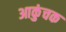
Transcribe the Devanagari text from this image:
आकुंचक